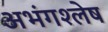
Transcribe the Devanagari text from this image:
अभंगश्लेष